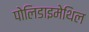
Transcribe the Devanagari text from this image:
पोलिडाइमेथिल